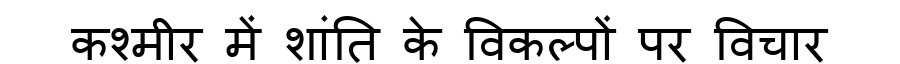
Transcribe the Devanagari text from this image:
कश्मीर में शांति के विकल्पों पर विचार